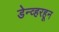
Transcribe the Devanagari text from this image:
डेन्व्हरहून